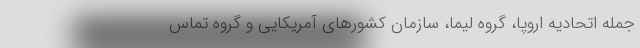
جمله اتحادیه اروپا، گروه لیما، سازمان کشورهای آمریکایی و گروه تماس